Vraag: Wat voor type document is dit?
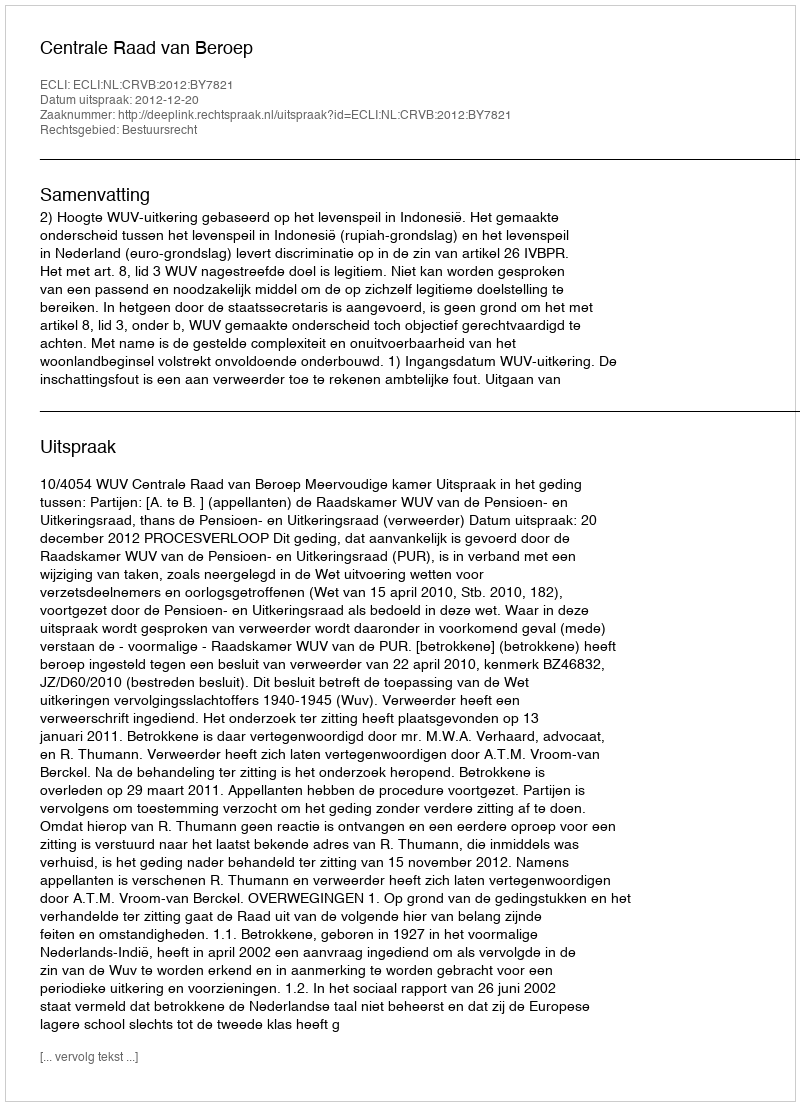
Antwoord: Uitspraak